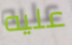
عليه